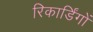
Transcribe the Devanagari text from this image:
रिकार्डिंगों